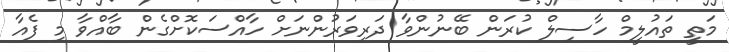
މަތީ ތައުލީމް ހާސިލް ކުރަން ބޭނުންވާ ދަރިވަރުންނަށް ހާއްސަކޮށްގެން ބާއްވާ މި ފެއާ